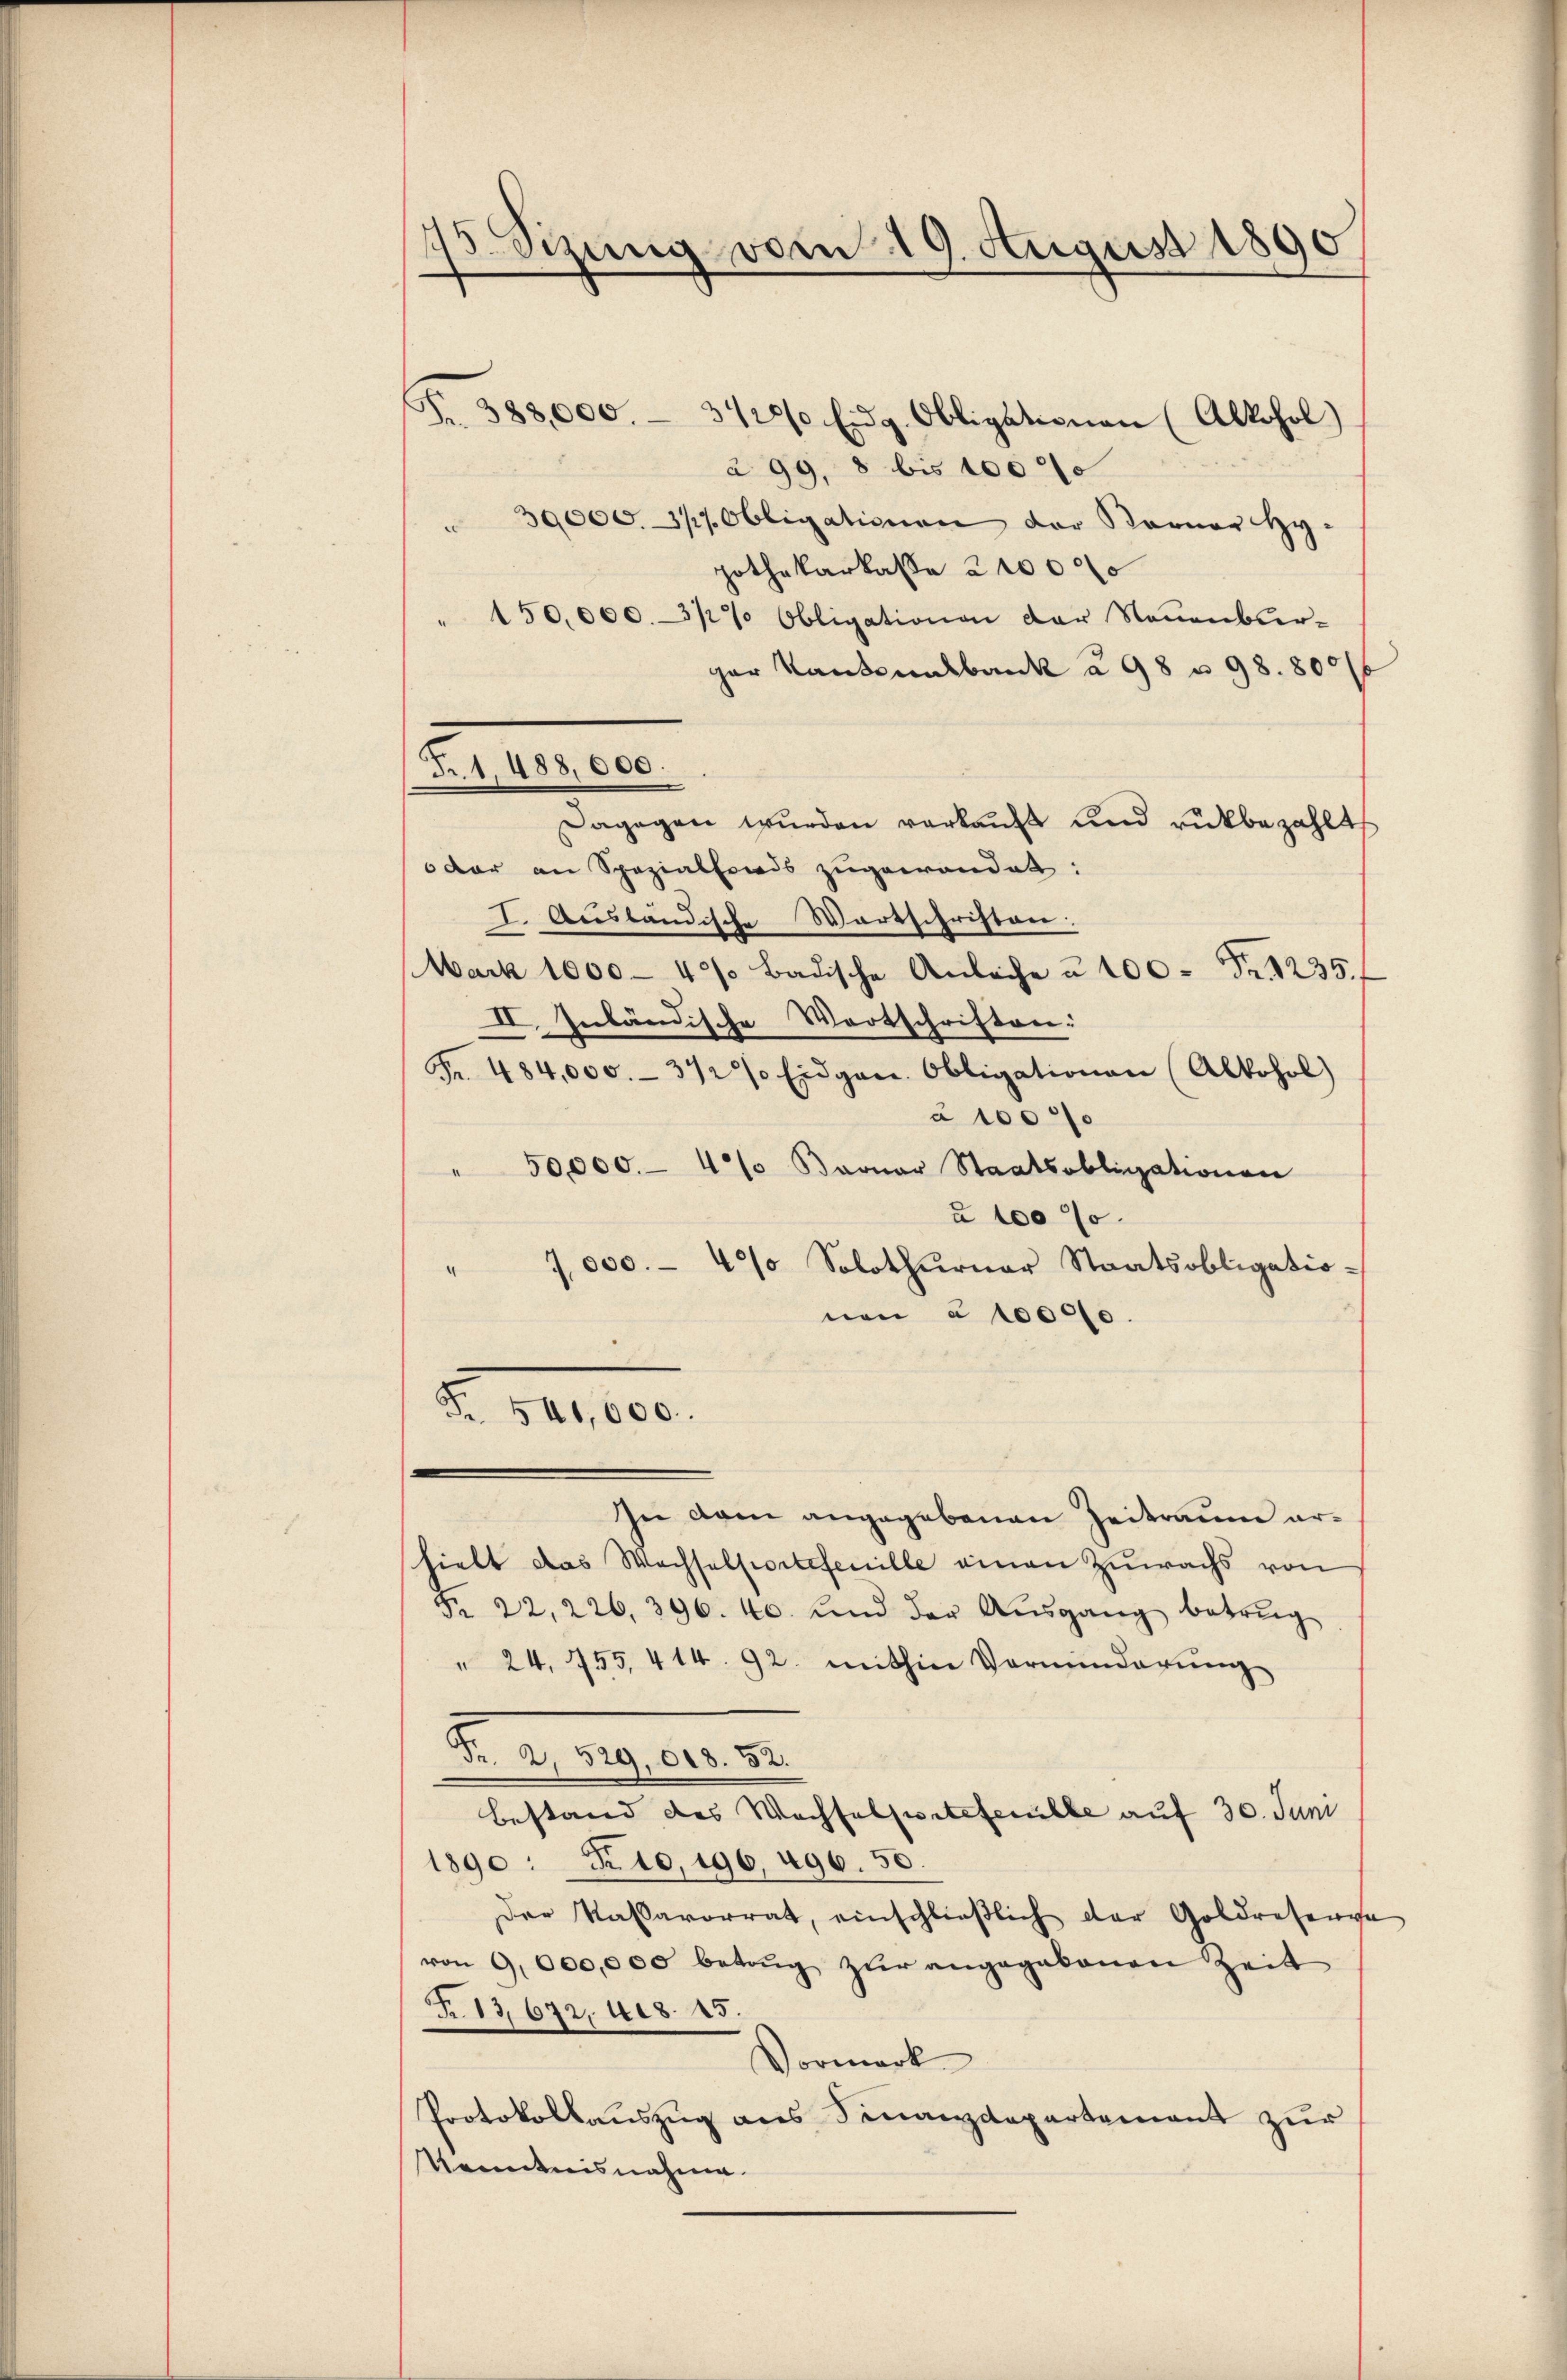
75 Sizung vom 19. August 1890

à 99, 8 bis 100 f
" 30000. 317. Obligationen der Karner Hy-
pothekarkasse 21000
150,000.-3/2 Obligationen der Neuenburger Kantonalbank à 98 u. 98. 800/
Dagegen wurden verkauft und rükbezahlt
oder an Spezialfonds zugewandet:
I. Ausländische Wortschriften:
Mark 1000 - 40% Badische Anleihe à 100 Fr. 1235.
II. Inländische Wortschriften:
Fr. 484,000.- 342% Eidgen. Obligationen (Alkohol)
à 10000
" 50,000.- 4% Baonar Staatsobligationen
à 100 %.
17,000.- 4% Solothurner Staatsobligatio-
4
nen à 10000.
Fr. 541,000.
In dem angegebenen Zeitraum arhielt das Wachsalportetenille einen Zuwachs von
Fr. 22. 226, 396. 40. und der Aŭsgang betrug
" 24. 755, 414. 92. mithin Vormunderŭng
d. Weiger
Bestand des Machsalperteferulle auf 30. Juni
1890 : 10. 196. 496. 50.
Der Kassavorrat, einschlieβlich der Goldreserve
von 9,000,000 betrŭg zŭr angegebenen Zeit
Fr. 13,672, 408. 15.
Vormerk
Protokollauszug aus Sinanzdepartement zur
Kenntnisnahme.

Fr. 1. 488,000.

F. 383,000. 3128/ Eidg. Obligationen (Alkohol)